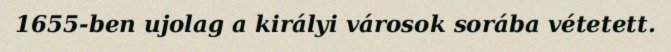
1655-ben ujolag a királyi városok sorába vétetett.